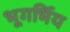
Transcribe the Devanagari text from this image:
भूगर्भिय